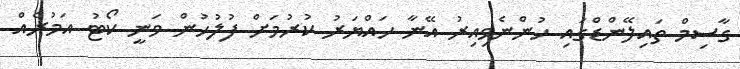
ގާސިމް ތައިލޭންޑްގައި ހުންނެވިއިރު އޭނާ ހައްޔަރު ކުރުމަށް ފުލުހުން ވަނީ ކޯޓު އަމުރެއް